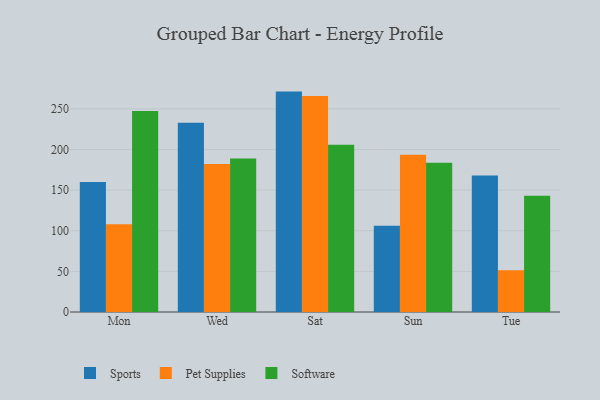
{"axis": {"x": "Day", "y": "Population (Million)"}, "legend": ["Pet Supplies", "Software", "Sports"], "data": [{"x": "Mon", "y": 160.1, "type": "Sports"}, {"x": "Mon", "y": 107.9, "type": "Pet Supplies"}, {"x": "Mon", "y": 247.3, "type": "Software"}, {"x": "Wed", "y": 233.1, "type": "Sports"}, {"x": "Wed", "y": 182.2, "type": "Pet Supplies"}, {"x": "Wed", "y": 188.9, "type": "Software"}, {"x": "Sat", "y": 271.3, "type": "Sports"}, {"x": "Sat", "y": 265.9, "type": "Pet Supplies"}, {"x": "Sat", "y": 205.8, "type": "Software"}, {"x": "Sun", "y": 106.2, "type": "Sports"}, {"x": "Sun", "y": 193.7, "type": "Pet Supplies"}, {"x": "Sun", "y": 183.7, "type": "Software"}, {"x": "Tue", "y": 167.9, "type": "Sports"}, {"x": "Tue", "y": 51.3, "type": "Pet Supplies"}, {"x": "Tue", "y": 143.1, "type": "Software"}]}